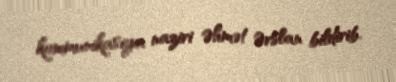
kommunikasiya naziri Əhmət Ərslan bildirib.